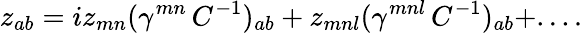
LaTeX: z_{ab}=iz_{mn}(\gamma^{mn}\, C^{-1})_{ab}+z_{mnl}(\gamma^{mnl}\, C^{-1})_{ab}+....